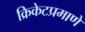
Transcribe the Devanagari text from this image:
क्रिकेटप्रमाणे